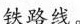
铁路线.